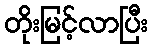
တိုးမြင့်လာပြီး